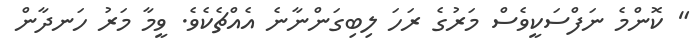
" ކޮންމެ ނަފްސަކީވެސް މަރުގެ ރަހަ ލިބިގަންނާނެ އެއްޗެކެވެ. ވީމާ މަރު ހަނދާން